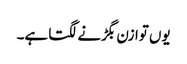
یوں توازن بگڑنے لگتا ہے۔